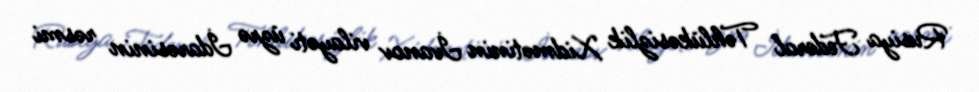
Rusiya Federal Təhlükəsizlik Xidmətinin İvanov vilayəti üzrə İdarəsinin rəsmi